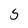
Character: 5